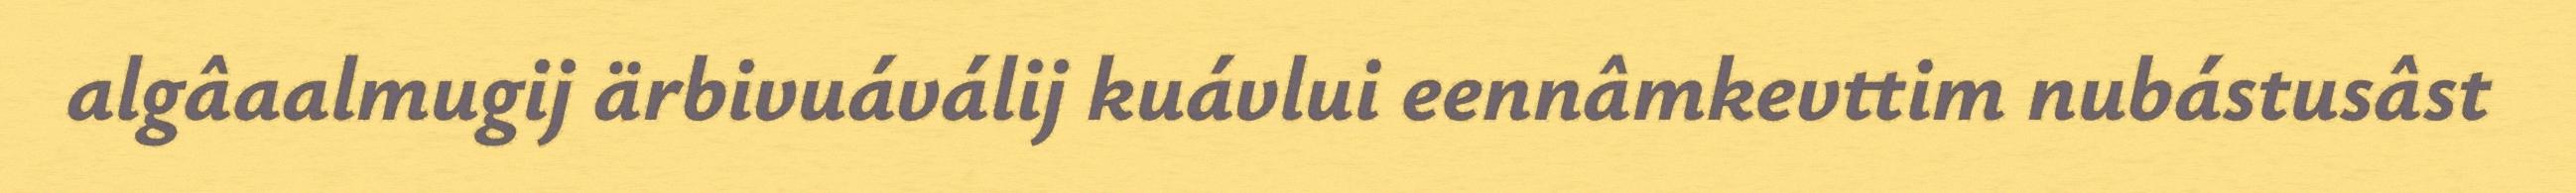
algâaalmugij ärbivuáválij kuávlui eennâmkevttim nubástusâst